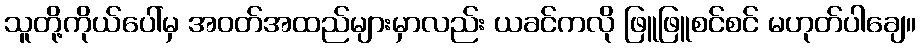
သူတို့ကိုယ်ပေါ်မှ အဝတ်အထည်များမှာလည်း ယခင်ကလို ဖြူဖြူစင်စင် မဟုတ်ပါချေ။